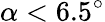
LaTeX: \alpha<6.5^{\circ}